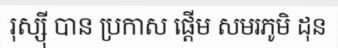
រុស្ស៊ី បាន ប្រកាស ផ្តើម សមរភូមិ ដុន